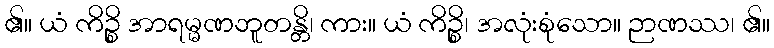
၏။ ယံ ကိဉ္စိ အာရမ္မဏဘူတန္တိ၊ ကား။ ယံ ကိဉ္စိ၊ အလုံးစုံသော။ ဉာဏဿ၊ ၏။